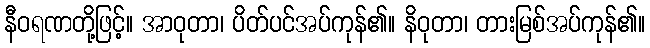
နီဝရဏတို့ဖြင့်။ အာဝုတာ၊ ပိတ်ပင်အပ်ကုန်၏။ နိဝုတာ၊ တားမြစ်အပ်ကုန်၏။